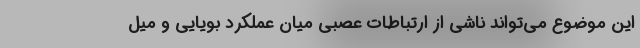
این موضوع می‌تواند ناشی از ارتباطات عصبی میان عملکرد بویایی و میل